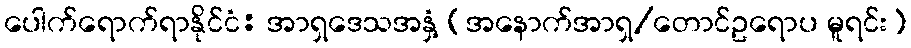
ပေါက်ရောက်ရာနိုင်ငံ: အာရှဒေသအနှံ့ (အနောက်အာရှ/တောင်ဥရောပ မူရင်း)